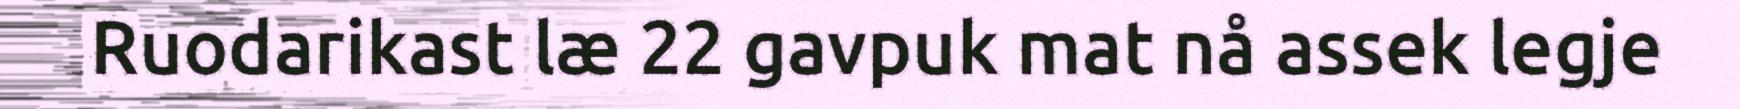
Ruodarikast læ 22 gavpuk mat nå assek legje